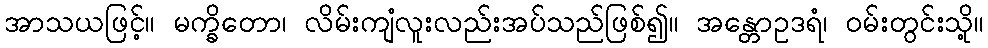
အာသယဖြင့်။ မက္ခိတော၊ လိမ်းကျံလူးလည်းအပ်သည်ဖြစ်၍။ အန္တောဥဒရံ၊ ဝမ်းတွင်းသို့။